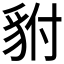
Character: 𮙨